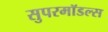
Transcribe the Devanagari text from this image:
सुपरमॉडल्स